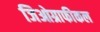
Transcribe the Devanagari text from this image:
जिओग्राफीकल